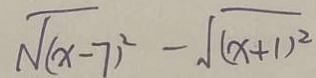
\sqrt { ( x - 7 ) ^ { 2 } } - \sqrt { ( x + 1 ) ^ { 2 } }